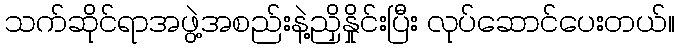
သက်ဆိုင်ရာအဖွဲ့အစည်းနဲ့ညှိနှိုင်းပြီး လုပ်ဆောင်ပေးတယ်။